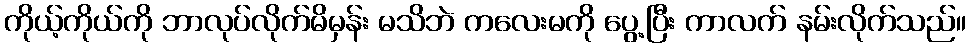
ကိုယ့်ကိုယ်ကို ဘာလုပ်လိုက်မိမှန်း မသိဘဲ ကလေးမကို ပွေ့ပြီး ကာလက် နမ်းလိုက်သည်။